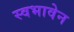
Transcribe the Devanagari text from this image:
स्वभावेन